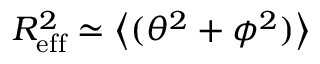
R _ { \mathrm { e f f } } ^ { 2 } \simeq \left< ( \theta ^ { 2 } + \phi ^ { 2 } ) \right>